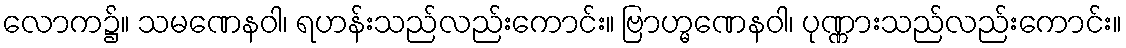
လောက၌။ သမဏေနဝါ၊ ရဟန်းသည်လည်းကောင်း။ ဗြာဟ္မဏေနဝါ၊ ပုဏ္ဏားသည်လည်းကောင်း။